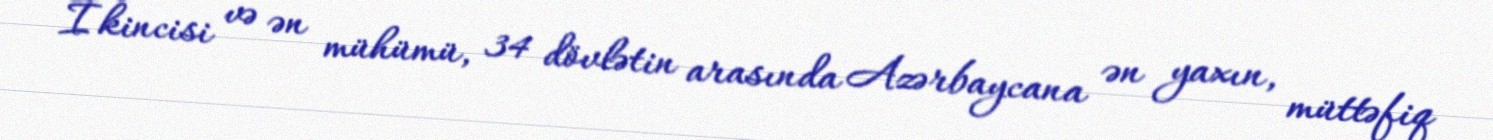
İkincisi və ən mühümü, 34 dövlətin arasında Azərbaycana ən yaxın, müttəfiq